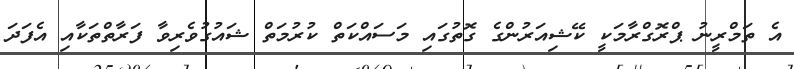
އެ ތަމްރީނު ޕްރޮގްރާމަކީ ކޭޝިއަރުންގެ ގޮތުގައި މަސައްކަތް ކުރުމަތް ޝައުގުވެރިވާ ފަރާތްތަކާއި އެފަދަ